Medical and sanitary report of the native army of Madras for the year
Year: 1878
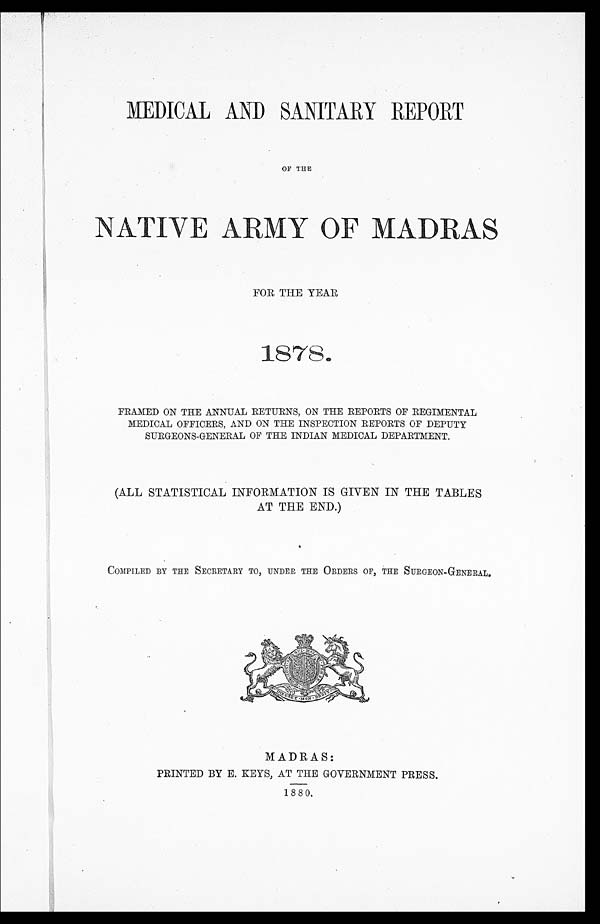
MEDICAL AND SANITARY REPORT
NATIVE ARMY OF MADRAS
FOR THE YEAR
1 8 7 8 .
FRAMED ON THE ANNUAL RETURNS, ON THE REPORTS OF REGIMENTAL
MEDICAL OFFICERS, AND ON THE INSPECTION REPORTS OF DEPUTY
SURGEONS-GENERAL OF THE INDIAN MEDICAL DEPARTMENT.
(ALL STATISTICAL INFORMATION IS GIVEN IN THE TABLES
AT THE END.)
COMPILED BY THE SECRETARY TO, UNDER THE ORDERS OF, THE SURGEON-GENERAL.
MADRAS:
PRINTED BY E. KEYS, AT THE GOVERNMENT PRESS.
1880.